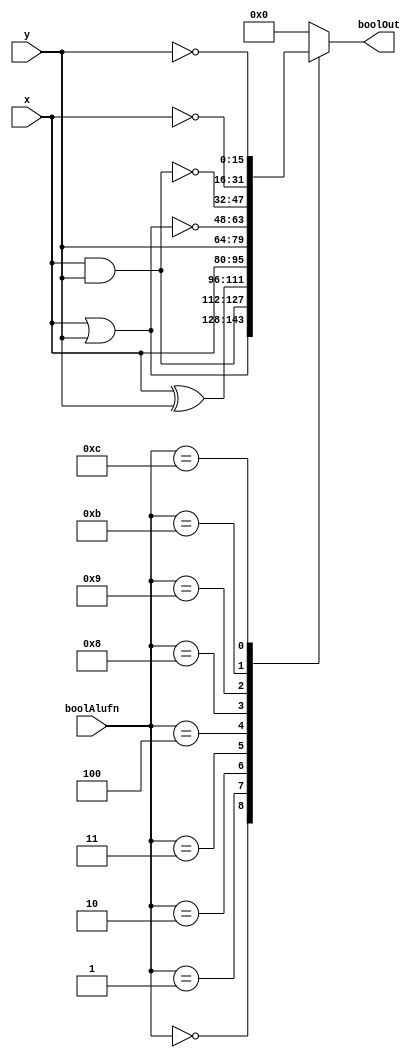
module bool_16_13 (
    input [15:0] x,
    input [15:0] y,
    input [3:0] boolAlufn,
    output reg [15:0] boolOut
  );
  
  
  
  reg [15:0] temp;
  
  always @* begin
    
    case (boolAlufn)
      4'h0: begin
        temp = x | y;
      end
      4'h1: begin
        temp = x & y;
      end
      4'h2: begin
        temp = x ^ y;
      end
      4'h3: begin
        temp = x;
      end
      4'h4: begin
        temp = y;
      end
      4'h8: begin
        temp = ~(x | y);
      end
      4'h9: begin
        temp = ~(x & y);
      end
      4'hb: begin
        temp = ~x;
      end
      4'hc: begin
        temp = ~y;
      end
      default: begin
        temp = 16'h0000;
      end
    endcase
    boolOut = temp;
  end
endmodule